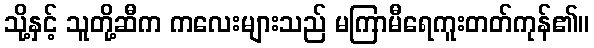
သို့နှင့် သူတို့ဆီက ကလေးများသည် မကြာမီရေကူးတတ်ကုန်၏။